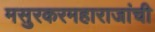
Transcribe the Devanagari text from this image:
मसुरकरमहाराजांची